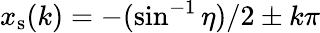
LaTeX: x_{\mathrm{s}}(k)=-(\sin^{-1}\eta)/2\pm k\pi